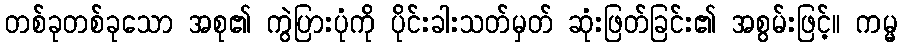
တစ်ခုတစ်ခုသော အစု၏ ကွဲပြားပုံကို ပိုင်းခါးသတ်မှတ် ဆုံးဖြတ်ခြင်း၏ အစွမ်းဖြင့်။ ကမ္မ